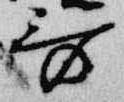
歌